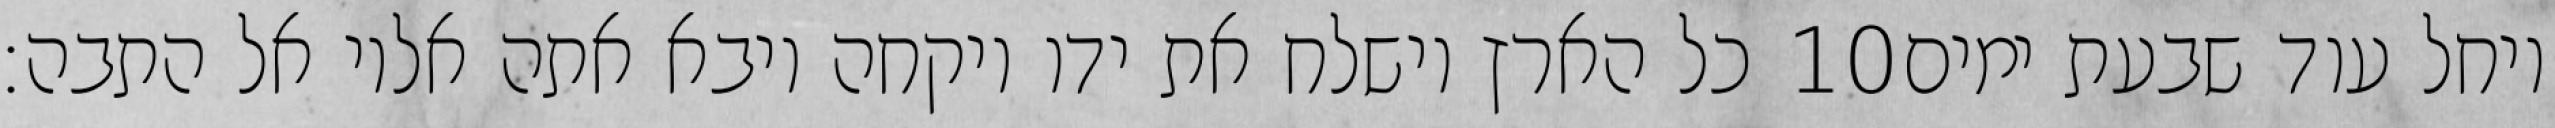
כל הארץ וישלח את ידו ויקחה ויבא אתה אליו אל התבה׃ ‎10‏ ויחל עוד שבעת ימים